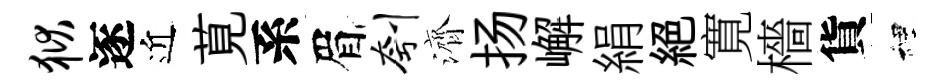
狱逐近莧系眉刳濟扬嶰絹絕寛檣貨裡